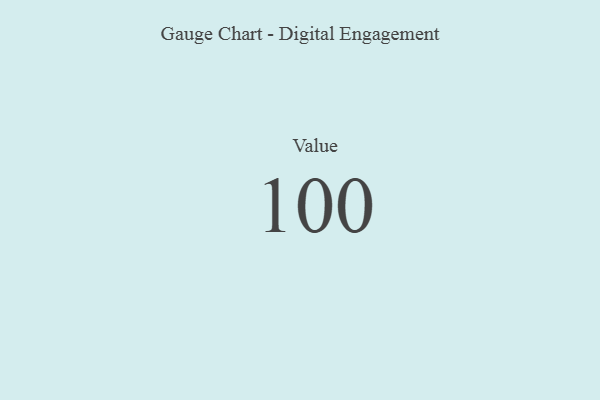
{"axis": {"x": "Metric", "y": "Value"}, "legend": [""], "data": [{"x": "Value", "y": 100, "type": ""}]}